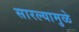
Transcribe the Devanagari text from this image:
सारल्यामुळे